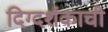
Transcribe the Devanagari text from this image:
दिग्दर्शकाची